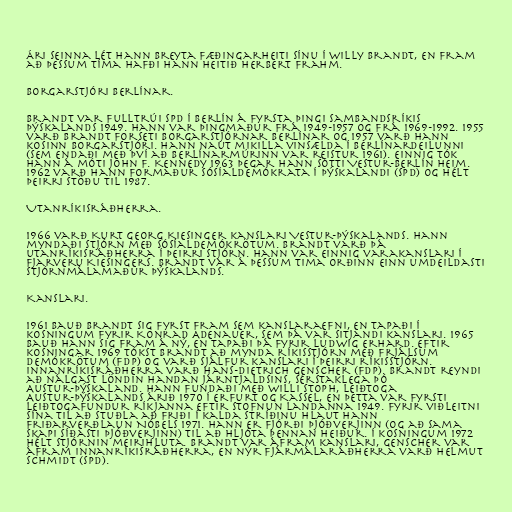
Ári seinna lét hann breyta fæðingarheiti sínu í Willy Brandt, en fram
að þessum tíma hafði hann heitið Herbert Frahm.

Borgarstjóri Berlínar.

Brandt var fulltrúi SPD í Berlín á fyrsta þingi Sambandsríkis
Þýskalands 1949. Hann var þingmaður frá 1949-1957 og frá 1969-1992. 1955
varð Brandt forseti borgarstjórnar Berlínar og 1957 varð hann
kosinn borgarstjóri. Hann naut mikilla vinsælda í Berlínardeilunni
(sem endaði með því að Berlínarmúrinn var reistur 1961). Einnig tók
hann á móti John F. Kennedy 1963 þegar hann sótti Vestur-Berlín heim.
1962 varð hann formaður sósíaldemókrata í Þýskalandi (SPD) og hélt
þeirri stöðu til 1987.

Utanríkisráðherra.

1966 varð Kurt Georg Kiesinger kanslari Vestur-Þýskalands. Hann
myndaði stjórn með sósíaldemókrötum. Brandt varð þá
utanríkisráðherra í þeirri stjórn. Hann var einnig varakanslari í
fjarveru Kiesingers. Brandt var á þessum tima orðinn einn umdeildasti
stjórnmálamaður Þýskalands.

Kanslari.

1961 bauð Brandt sig fyrst fram sem kanslaraefni, en tapaði í
kosningum fyrir Konrad Adenauer, sem þá var sitjandi kanslari. 1965
bauð hann sig fram á ný, en tapaði þá fyrir Ludwig Erhard. Eftir
kosningar 1969 tókst Brandt að mynda ríkisstjórn með Frjálsum
demókrötum (FDP) og varð sjálfur kanslari í þeirri ríkisstjórn.
Innanríkisráðherra varð Hans-Dietrich Genscher (FDP). Brandt reyndi
að nálgast löndin handan járntjaldsins, sérstaklega þó
Austur-Þýskaland. Hann fundaði með Willi Stoph, leiðtoga
Austur-Þýskalands árið 1970 í Erfurt og Kassel, en þetta var fyrsti
leiðtogafundur ríkjanna eftir stofnun landanna 1949. Fyrir viðleitni
sína til að stuðla að friði í kalda stríðinu hlaut hann
friðarverðlaun Nóbels 1971. Hann er fjórði Þjóðverjinn (og að sama
skapi síðasti Þjóðverjinn) til að hljóta þennan heiður. Í kosningum 1972
hélt stjórnin meirihluta. Brandt var áfram kanslari, Genscher var
áfram innanríkisráðherra, en nýr fjármálaráðherra varð Helmut
Schmidt (SPD).